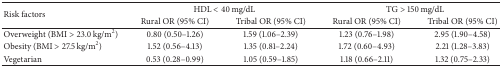
<table><thead><tr><td rowspan="2"><b>Risk factors </b></td><td colspan="2"><b>HDL &lt; 40 mg/dL</b></td><td colspan="2"><b>TG &gt; 150 mg/dL</b></td></tr><tr><td><b>Rural OR (95% CI) </b></td><td><b>Tribal OR (95% CI)</b></td><td><b>Rural OR (95% CI) </b></td><td><b>Tribal OR (95% CI)</b></td></tr></thead><tbody><tr><td>Overweight (BMI &gt; 23.0 kg/m<sup>2</sup>)</td><td>0.80 (0.50–1.26)</td><td>1.59 (1.06–2.39)</td><td>1.23 (0.76–1.98)</td><td>2.95 (1.90–4.58)</td></tr><tr><td>Obesity (BMI &gt; 27.5 kg/m<sup>2</sup>)</td><td>1.52 (0.56–4.13)</td><td>1.35 (0.81–2.24)</td><td>1.72 (0.60–4.93)</td><td>2.21 (1.28–3.83)</td></tr><tr><td>Vegetarian </td><td>0.53 (0.28–0.99)</td><td>1.05 (0.59–1.85)</td><td>1.18 (0.66–2.11)</td><td>1.32 (0.75–2.33)</td></tr></tbody></table>